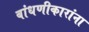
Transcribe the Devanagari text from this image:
बांधणीकारांना